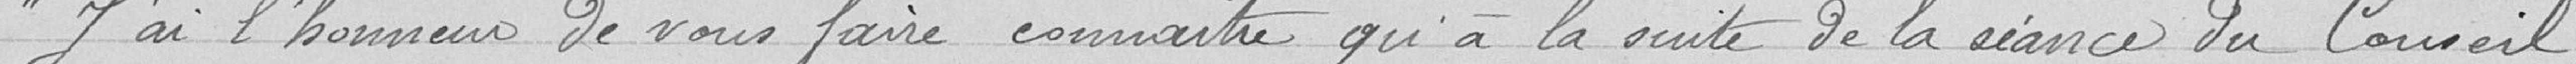
J'ai l'honneur de vous faire connaître qu'à la suite de la séance du Conseil